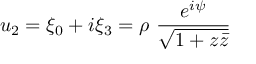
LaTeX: u _ { 2 } = \xi _ { 0 } + i \xi _ { 3 } = \rho ~ \frac { e ^ { i \psi } } { \sqrt { 1 + z \bar { z } } }